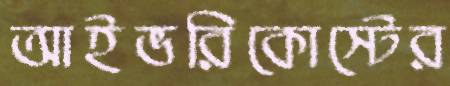
আইভরিকোস্টের